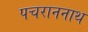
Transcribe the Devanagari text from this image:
पचराननाथ